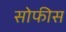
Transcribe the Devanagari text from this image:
सोफीस